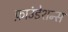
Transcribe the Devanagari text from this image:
फ़ाउंडेशन्स